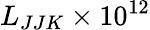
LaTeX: L_{JJK}\times 10^{12}